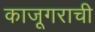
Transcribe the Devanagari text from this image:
काजूगराची